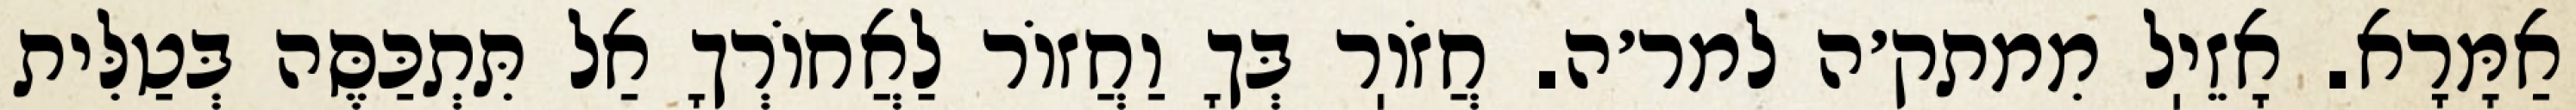
אַמָּרָא. אָזֵיֽל מִמתק׳ה למר׳ה. חֲזֹוֽר בְּךָ וַחֲזוֹר לַאֲחוֹרְךָ אַל תִּתְכַּסֶּה בְּטַלִּית